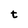
Character: t